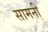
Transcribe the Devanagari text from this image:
सामनी